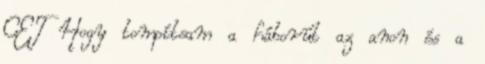
CET Hogy tompítsam a háborút az anon és a